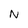
Character: N